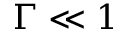
\Gamma \ll 1